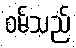
ဝမ်သည်